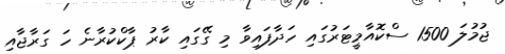
ޖުމުލަ 1500 ސްކޮއާމީޓަރުގައި ހަދާފައިވާ މި ގޭގައި ކާރު ޕާކްކުރާނެ ހަ ގަރާޖާއި